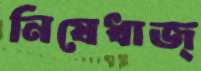
নিষেধাজ্